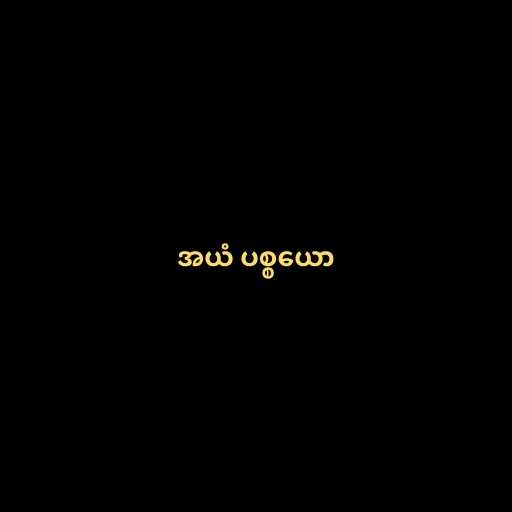
အယံ ပစ္စယော